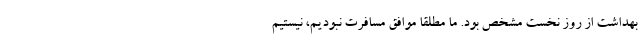
بهداشت از روز نخست مشخص بود. ما مطلقا موافق مسافرت نبودیم، نیستیم